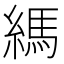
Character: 𦄀